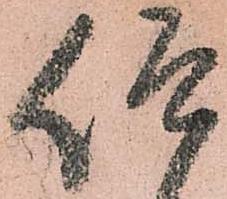
仰